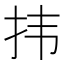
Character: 𪭝